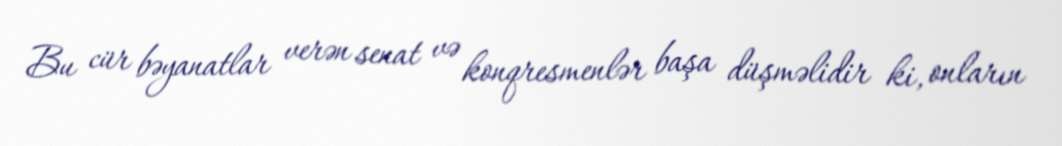
Bu cür bəyanatlar verən senat və konqresmenlər başa düşməlidir ki, onların